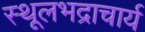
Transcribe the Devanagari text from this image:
स्थूलभद्राचार्य